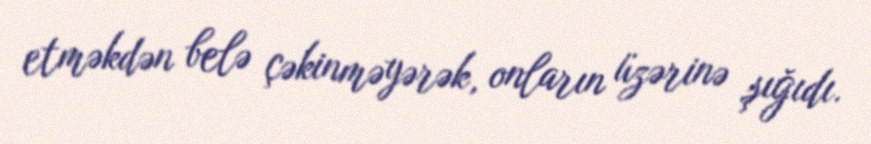
etməkdən belə çəkinməyərək, onların üzərinə şığıdı.